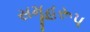
સમૂહરૂપ